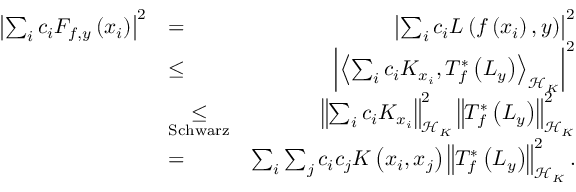
\begin{array} { r l r } { \left| \sum _ { i } c _ { i } F _ { f , y } \left( x _ { i } \right) \right| ^ { 2 } } & { = } & { \left| \sum _ { i } c _ { i } L \left( f \left( x _ { i } \right) , y \right) \right| ^ { 2 } } \\ & { \leq } & { \left| \left\langle \sum _ { i } c _ { i } K _ { x _ { i } } , T _ { f } ^ { * } \left( L _ { y } \right) \right\rangle _ { \mathscr { H } _ { K } } \right| ^ { 2 } } \\ & { \underset { \mathrm { S c h w a r z } } { \leq } } & { \left\Vert \sum _ { i } c _ { i } K _ { x _ { i } } \right\Vert _ { \mathscr { H } _ { K } } ^ { 2 } \left\Vert T _ { f } ^ { * } \left( L _ { y } \right) \right\Vert _ { \mathscr { H } _ { K } } ^ { 2 } } \\ & { = } & { \sum _ { i } \sum _ { j } c _ { i } c _ { j } K \left( x _ { i } , x _ { j } \right) \left\Vert T _ { f } ^ { * } \left( L _ { y } \right) \right\Vert _ { \mathscr { H } _ { K } } ^ { 2 } . } \end{array}